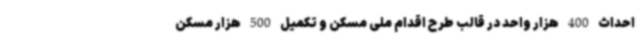
احداث 400 هزار واحد در قالب طرح اقدام ملی مسکن و تکمیل 500 هزار مسکن